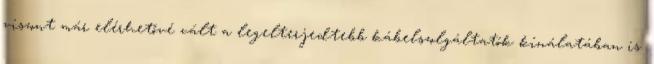
viszont már elérhetővé vált a legelterjedtebb kábelszolgáltatók kínálatában is.